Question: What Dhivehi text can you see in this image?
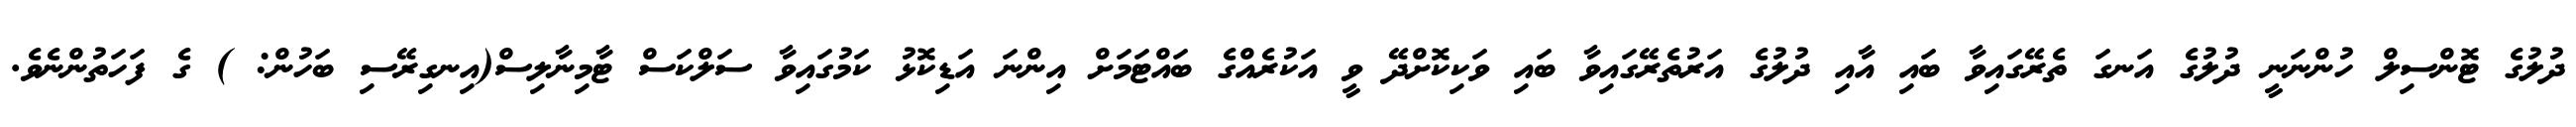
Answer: ދުލުގެ ޓޮންސިލް ހުންނަނީ ދުލުގެ އަނގަ ތެރޭގައިވާ ބައި އާއި ދުލުގެ އަރުތެރޭގައިވާ ބައި ވަކިކޮށްދޭ ވީ އަކުރެއްގެ ބައްޓަމަށް އިންނަ އަޑިކޮޅު ކަމުގައިވާ ސަލްކަސް ޓާމިނާލިސް(އިނގިރޭސި ބަހުން: ) ގެ ފަހަތުންނެވެ.